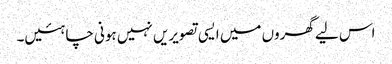
اس لیے گھروں میں ایسی تصویریں نہیں ہونی چاہئیں۔